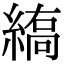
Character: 𦃣